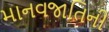
માનવજાતિની